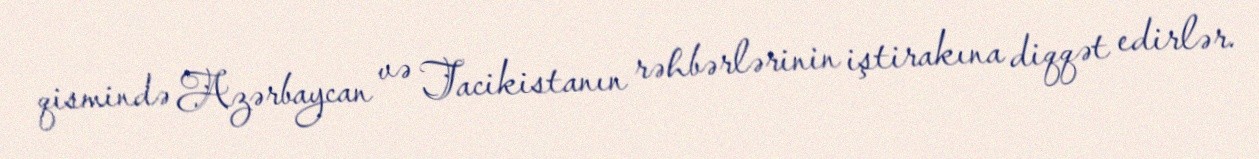
qismində Azərbaycan və Tacikistanın rəhbərlərinin iştirakına diqqət edirlər.